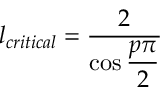
l _ { c r i t i c a l } = \displaystyle \frac { 2 } { \cos \displaystyle \frac { p \pi } { 2 } }